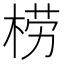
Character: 𣓿